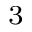
^ { 3 }